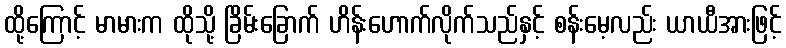
ထို့ကြောင့် မာမားက ထိုသို့ ခြိမ်းခြောက် ဟိန်းဟောက်လိုက်သည်နှင့် စန်းမေ့လည်း ယာယီအားဖြင့်